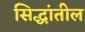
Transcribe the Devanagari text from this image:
सिद्धांतील